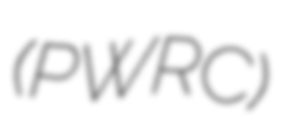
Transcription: (PWRC)